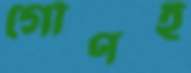
গৌণই